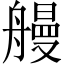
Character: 𫇞